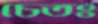
চেতঃ